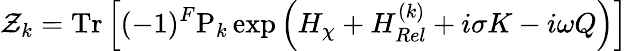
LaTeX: {\cal Z}_{k}=\mathrm{Tr}\left[(-1)^{F}\mathrm{P}_{k}\exp\left(H_{\chi}+H_{Rel}^{(k)}+i\sigma K-i\omega Q\right)\right]